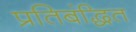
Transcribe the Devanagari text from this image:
प्रतिबंद्धित